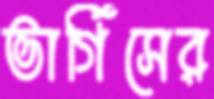
ভার্গিসের